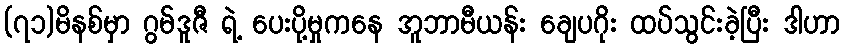
(၇၁)မိနစ်မှာ ဂွမ်ဒူဇီ ရဲ့ ပေးပို့မှုကနေ အူဘာမီယန်း ချေပဂိုး ထပ်သွင်းခဲ့ပြီး ဒါဟာ